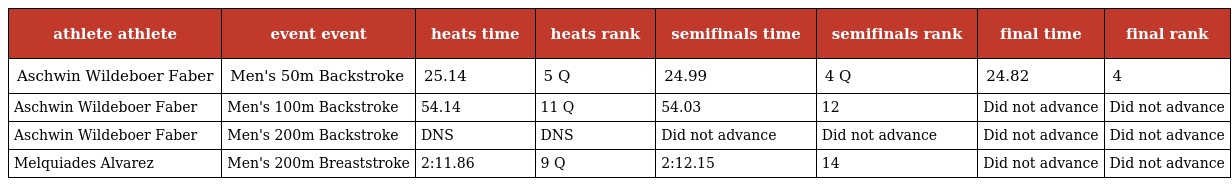
| athlete athlete | event event | heats time | heats rank | semifinals time | semifinals rank | final time | final rank |
 | --- | --- | --- | --- | --- | --- | --- | --- |
 | Aschwin Wildeboer Faber | Men's 50m Backstroke | 25.14 | 5 Q | 24.99 | 4 Q | 24.82 | 4 |
 | Aschwin Wildeboer Faber | Men's 100m Backstroke | 54.14 | 11 Q | 54.03 | 12 | Did not advance | Did not advance |
 | Aschwin Wildeboer Faber | Men's 200m Backstroke | DNS | DNS | Did not advance | Did not advance | Did not advance | Did not advance |
 | Melquiades Alvarez | Men's 200m Breaststroke | 2:11.86 | 9 Q | 2:12.15 | 14 | Did not advance | Did not advance |